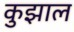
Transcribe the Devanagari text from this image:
कुझाल